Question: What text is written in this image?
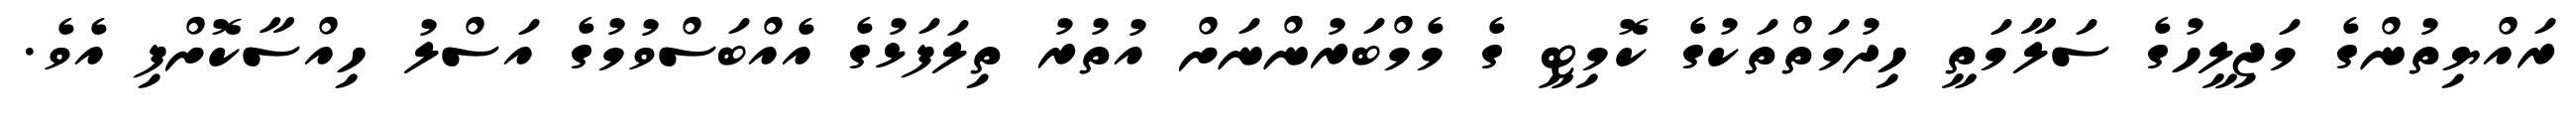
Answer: ރައްޔިތުންގެ މަޖިލީހުގެ ސަލާމަތީ ހިދުމަތްތަކުގެ ކޮމިޓީ ގެ މެމްބަރުންނަށް އުތުރު ތިލަފަޅުގެ އެއްބަސްވުމުގެ އަސްލު ހިއްސާކޮށްފި އެވެ.